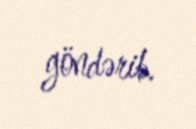
göndərib.